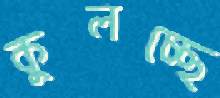
কুলচ্ছে